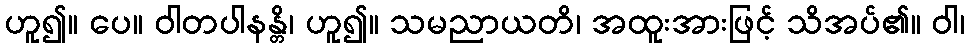
ဟူ၍။ ပေ။ ဝါတပါနန္တိ၊ ဟူ၍။ သမညာယတိ၊ အထူးအားဖြင့် သိအပ်၏။ ဝါ၊